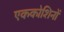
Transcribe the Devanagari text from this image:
एककोशिनों